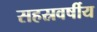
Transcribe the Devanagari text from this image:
सहस्रवर्षीय